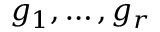
g _ { 1 } , \ldots , g _ { r }